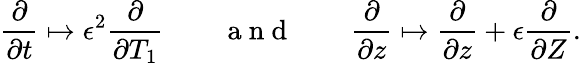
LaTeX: \frac{\partial}{\partial t}\mapsto\epsilon^{2}\frac{\partial}{\partial T_{1}}\qquad\mathrm{~a~n~d~}\qquad\frac{\partial}{\partial z}\mapsto\frac{\partial}{\partial z}+\epsilon\frac{\partial}{\partial Z}.